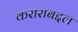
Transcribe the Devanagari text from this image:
कराराबद्दल